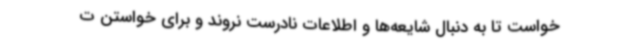
خواست تا به دنبال شایعه‌ها و اطلاعات نادرست نروند و برای خواستن ت